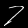
Label: 7